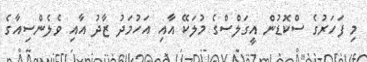
މި ފަހަރުގެ ސްކޮޑުން އީގަލްސްގެ މުލަކޭ އާއި އަހުމަދު ޒާދު އާއި ވެލެންސިއާގެ